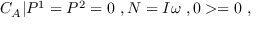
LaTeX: { \cal C } _ { A } | P ^ { 1 } = P ^ { 2 } = 0 \ , N = I \omega \ , 0 > = 0 \ ,